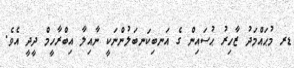
ޑރ މުޙައްމަދު ޒާހިރު ޙުސައިން ގެ އަނބިކަނބަލުންނަކީ ނާއިލާ އިބްރާހީމް ދީދީ އެވެ.